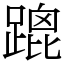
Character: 䠘